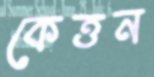
কেত্তন